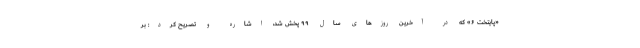
«پایتخت ۶» که در آخرین روزهای سال ۹۹ پخش شد، اشاره و تصریح کرد: بر